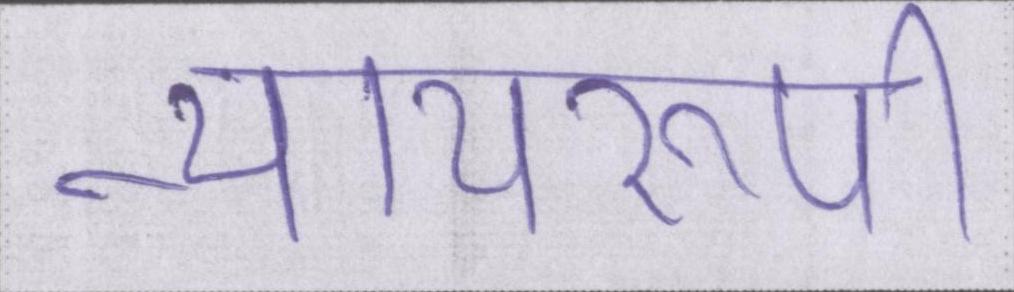
न्यायरूपी